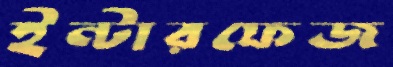
ইন্টারফেজ